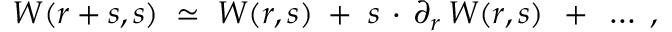
W ( r + s , s ) \; \simeq \; W ( r , s ) \; + \; s \, \cdot \, \partial _ { r } \, W ( r , s ) \; \, + \; \, \ldots \; ,